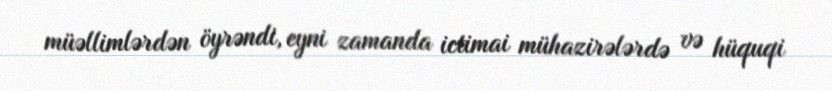
müəllimlərdən öyrəndi, eyni zamanda ictimai mühazirələrdə və hüquqi